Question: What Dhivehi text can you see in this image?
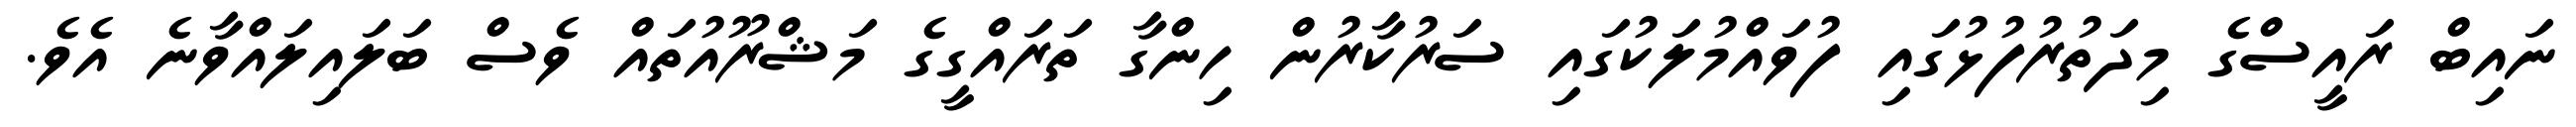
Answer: ނައިބް ރައީސްގެ މިދަތުރުފުޅުގައި ފުވައްމުލަކުގައި ސަރުކާރުން ހިންގާ ތަރައްގީގެ މަޝްރޫއުތައް ވެސް ބަލައިލައްވާނެ އެވެ.